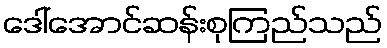
ဒေါ်အောင်ဆန်းစုကြည်သည်